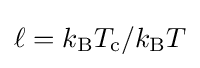
\ell =k_{\mathrm {B} }T_{\mathrm {c} }/k_{\mathrm {B} }T